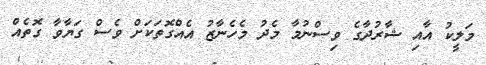
މަލީކު އާއި ޝާރުދާގެ ވިސްނުމާ މެދު މެހެނާޒު އެއްގޮތަކަށް ވެސް ގަޔާވާ ގޮތެއް